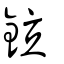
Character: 鉝